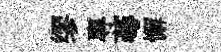
缪專蕚懈